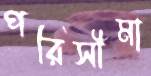
পরিসীমা